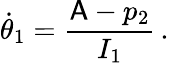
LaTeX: \dot{\theta}_{1}=\frac{\mathsf{A}-p_{2}}{I_{1}}\, .